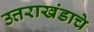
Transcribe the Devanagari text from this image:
उत्तराखंडाचे